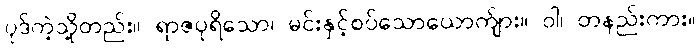
ပုဒ်ကဲ့သို့တည်း။ ရာဇပုရိသော၊ မင်းနှင့်စပ်သောယောက်ျား။ ဝါ၊ တနည်းကား။